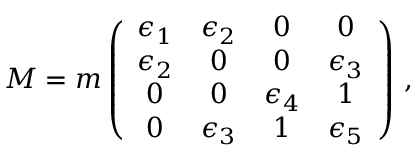
M = m \left( \begin{array} { c c c c } { { \epsilon _ { 1 } } } & { { \epsilon _ { 2 } } } & { { 0 } } & { { 0 } } \\ { { \epsilon _ { 2 } } } & { { 0 } } & { { 0 } } & { { \epsilon _ { 3 } } } \\ { { 0 } } & { { 0 } } & { { \epsilon _ { 4 } } } & { { 1 } } \\ { { 0 } } & { { \epsilon _ { 3 } } } & { { 1 } } & { { \epsilon _ { 5 } } } \end{array} \right) \, ,